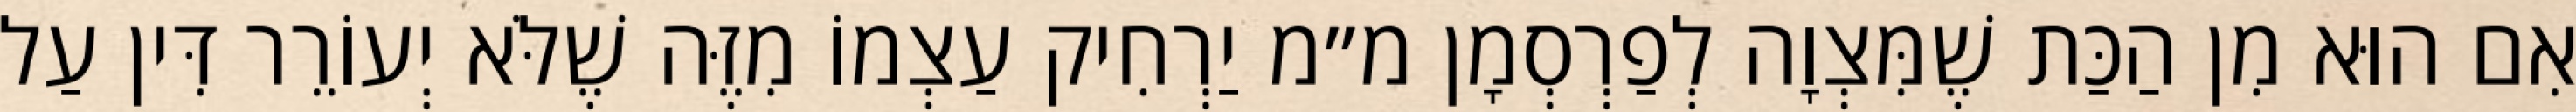
אִם הוּא מִן הַכַּת שֶׁמִּצְוָה לְפַרְסְמָן מ״מ יַרְחִיק עַצְמוֹ מִזֶּה שֶׁלֹּא יְעוֹרֵר דִּין עַל